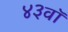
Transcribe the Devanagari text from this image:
४३वॉ